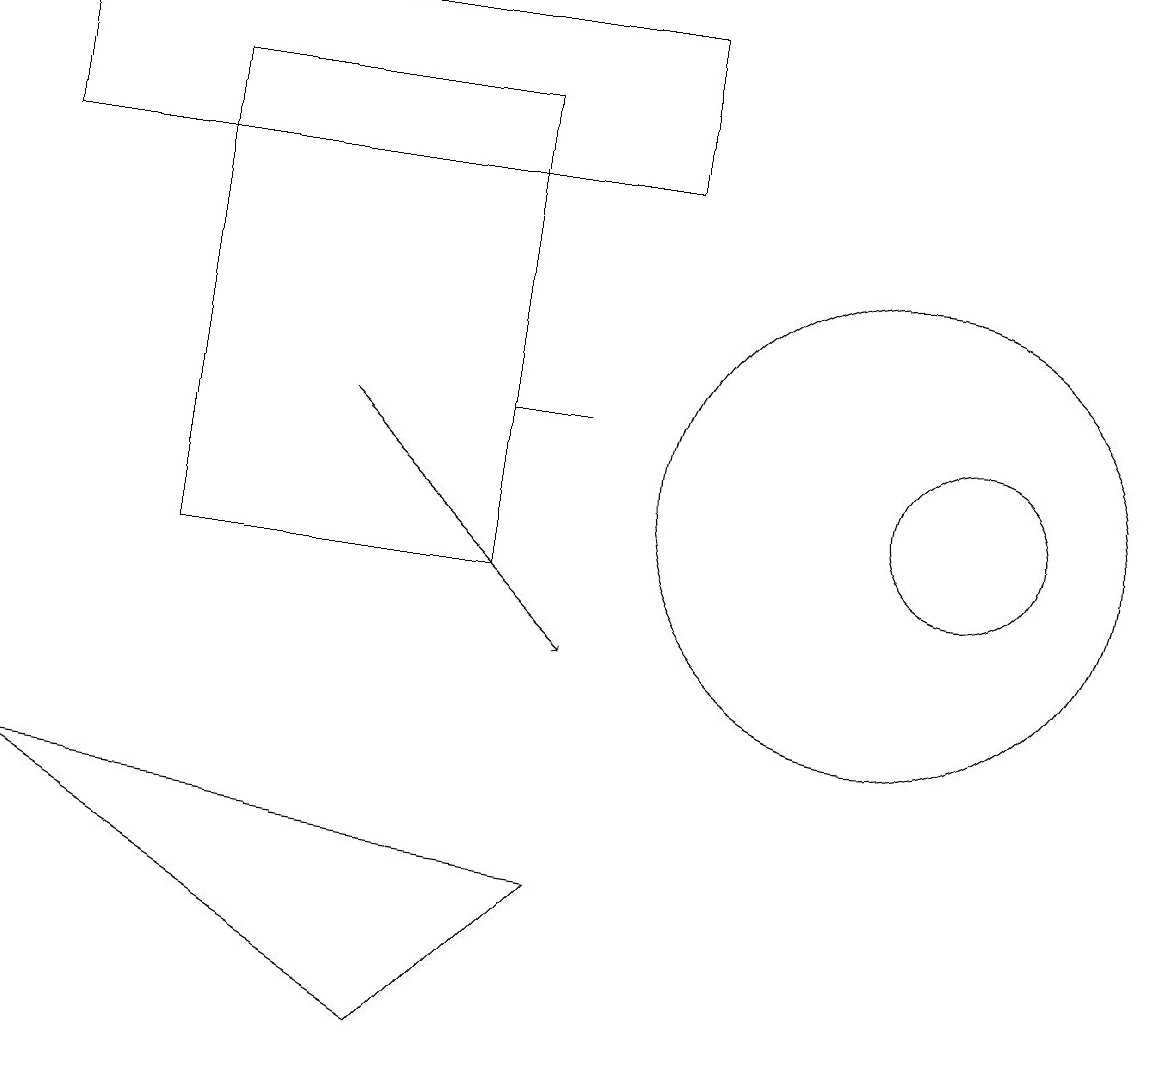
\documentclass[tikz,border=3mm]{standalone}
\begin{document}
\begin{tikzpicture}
\draw[->] (4,13) -- (7,10);
\draw (11,12) circle (3);
\draw (5,5) -- (7,7) -- (0,8) -- cycle;
\draw (0,16) rectangle (8,18);
\draw (6,11) rectangle (2,17);
\draw (12,12) circle (1);
\draw (6,13) rectangle (7,13);
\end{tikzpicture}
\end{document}